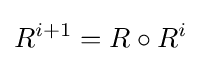
R^{i+1}=R\circ R^{i}